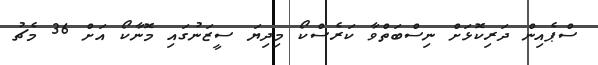
ސްޕެއިން ދަރިކޮޅަށް ނިސްބަތްވާ ކަރެސްކޯ މިދިޔަ ސީޒަނުގައި މޮނާކޯ އަށް 36 މެޗު